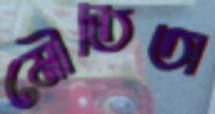
মৌতিতা